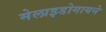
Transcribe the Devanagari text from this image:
मेलाइडोगायने